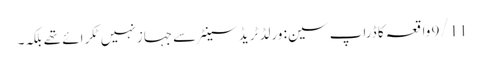
9/11 واقعہ کا ڈراپ سین: ورلڈ ٹریڈ سینٹر سے جہاز نہیں ٹکرائے تھے بلکہ۔